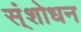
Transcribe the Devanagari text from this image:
स्ंशोधन